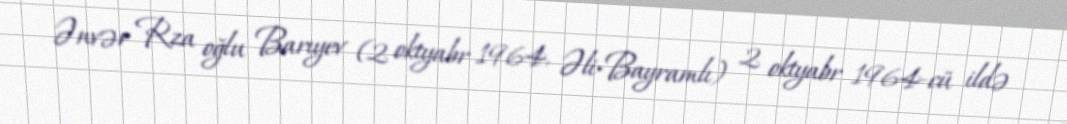
Ənvər Rza oğlu Barıyev (2 oktyabr 1964, Əli-Bayramlı) 2 oktyabr 1964-cü ildə